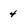
Character: 4